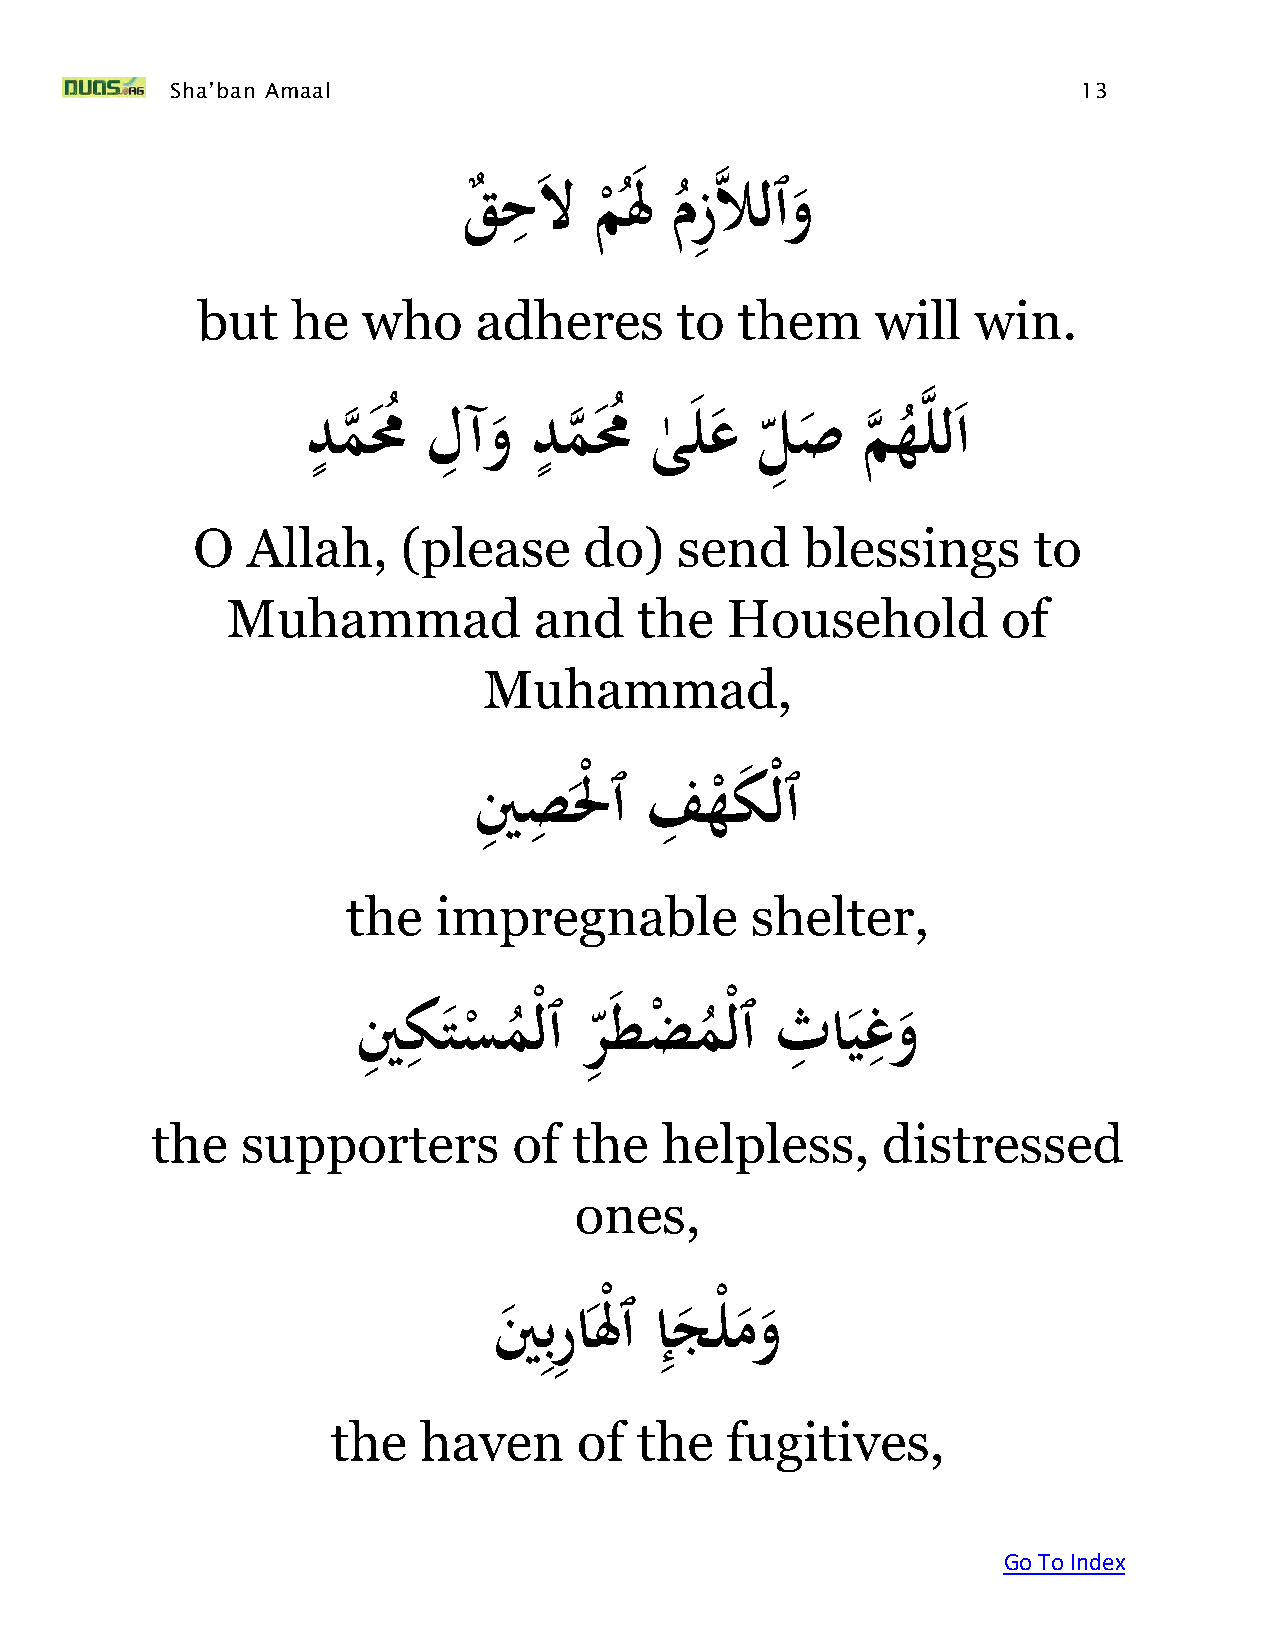
Sha’ban Amaal                                                13
 ِ
 َقحلَملَ
 َمزِهلالٱو
 ُْ  ُ
 but   he   who    adheres       to  them     will   win.
 ٍ       ِ     ٍ                         ه
 َدم
 ه
 مُ
 ُ
 َلآو   َدم
 ه
 مُ
 ُ
 َى
 ٰ
 لع َل ِ ص َم
 ه
 ه
 ُ
 لل ا
 O  Allah,     (please     do)   send    blessings      to
 Muhammad            and    the   Household         of
 Muhammad,
 ِ  ِ        ِ
 ينَ صلْْ ٱَفهك      ْلٱ
 ْ
 the   impregnable          shelter,
 ِ                        ِ    ِ
 َينِ كتسمْلٱَرِ
 طضمْلٱَثايغو
 ْ ُ
 ْ
 ُ
 the   supporters        of  the   helpless,     distressed
 ones,
 ِِ      ِ
 ينَ برالَْ ٱَإجلْمو
 the   haven     of  the   fugitives,
 Go To Index